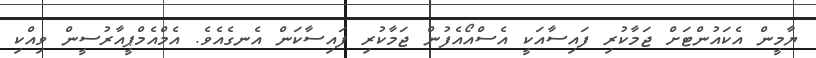
ޔާމީން އެކައުންޓަށް ޖަމާކުރި ފައިސާއަކީ އެސްއޯއެފުން ޖަމާކުރި ފައިސާކަން އެނގެއެވެ. އެމްއެމްޕީއާރުސީން ވިއްކި